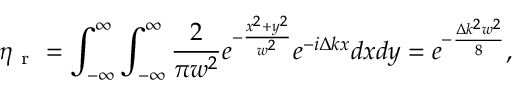
\eta _ { \mathrm { ~ r ~ } } = \int _ { - \infty } ^ { \infty } \int _ { - \infty } ^ { \infty } \frac { 2 } { \pi w ^ { 2 } } e ^ { - \frac { x ^ { 2 } + y ^ { 2 } } { w ^ { 2 } } } e ^ { - i \Delta k x } d x d y = e ^ { - \frac { \Delta k ^ { 2 } w ^ { 2 } } { 8 } } ,